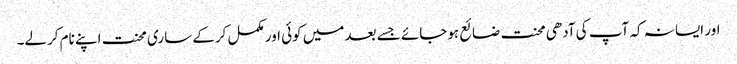
اور ایسا نہ کہ آپ کی آدھی محنت ضائع ہوجائے جسے بعد میں کوئی اور مکمل کرکے ساری محنت اپنے نام کرلے۔